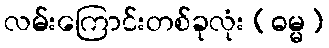
လမ်းကြောင်းတစ်ခုလုံး (ဓမ္မ)